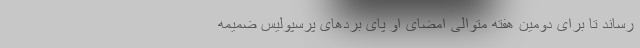
رساند تا برای دومین هفته متوالی امضای او پای بردهای پرسپولیس ضمیمه